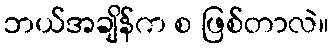
ဘယ်အချိန်က စ ဖြစ်တာလဲ။